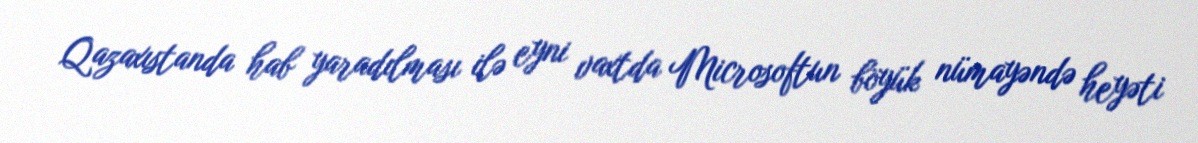
Qazaxıstanda hab yaradılması ilə eyni vaxtda Microsoftun böyük nümayəndə heyəti